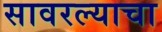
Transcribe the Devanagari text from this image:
सावरल्याचा